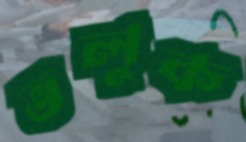
ভলুক